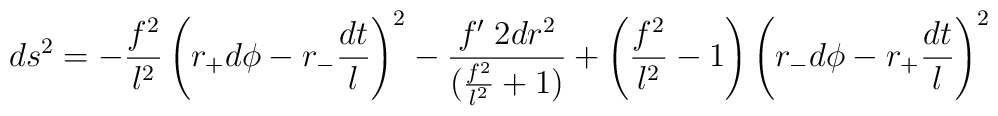
ds^2 =  -\frac{f^2}{l^2}\left( r_+ d \phi -r_-\frac{dt}{l}\right)^2 - \frac{ f{'\;2} dr^2}{(\frac{f^2}{l^2} +1)} + \left(\frac{f^2}{l^2}-1\right) \left( r_- d\phi - r_+\frac{dt}{l} \right)^2